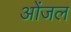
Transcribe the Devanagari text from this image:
ओंजल